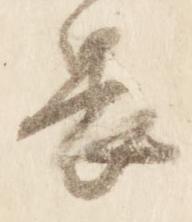
畏